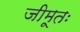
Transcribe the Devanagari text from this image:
जीमूतः